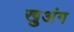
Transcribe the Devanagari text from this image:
खुअंग